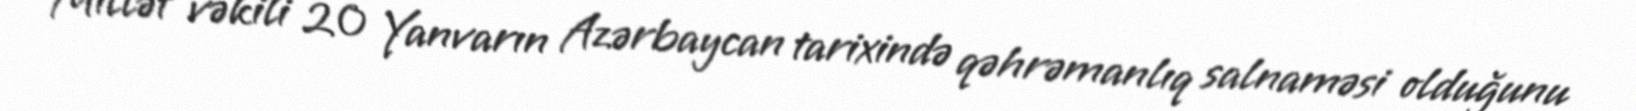
Millət vəkili 20 Yanvarın Azərbaycan tarixində qəhrəmanlıq salnaməsi olduğunu